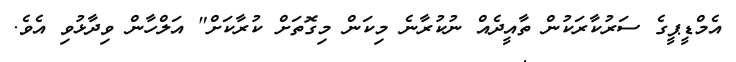
އެމްޑީޕީގެ ސަރުކާރަކުން ތާއީދެއް ނުކުރާނެ މިކަން މިގޮތަށް ކުރާކަށް" އަލްހާން ވިދާޅުވި އެވެ.